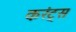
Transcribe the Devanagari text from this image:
करंट्स